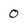
Character: 0